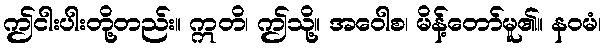
ဤငါးပါးတို့တည်း။ ဣတိ၊ ဤသို့။ အဝေါစ၊ မိန့်တော်မူ၏။ နဝမံ၊